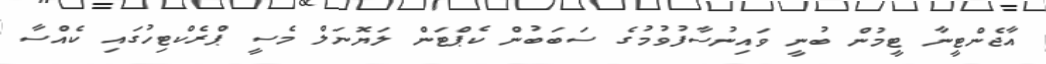
އާޖެންޓީނާ ޓީމުން ބުނީ ވައިނުސާފުވުމުގެ ސަބަބުން ކެޕްޓަން ލަޔޮނަލް މެސީ ޕްރެކްޓިހުގައި ކެއްސާ